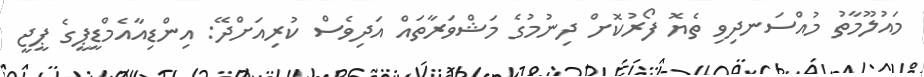
މައުލޫމާތު މުއްސަނދިވި ތެޔޮ ފޯރުކޮށް ދިނުމުގެ މަޝްވަރާތައް އަދިވެސް ކުރިއަށްދޭ: އިންޑިއާއެމްޑީޕީގެ ޕީޖީ